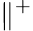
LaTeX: \parallel^{+}